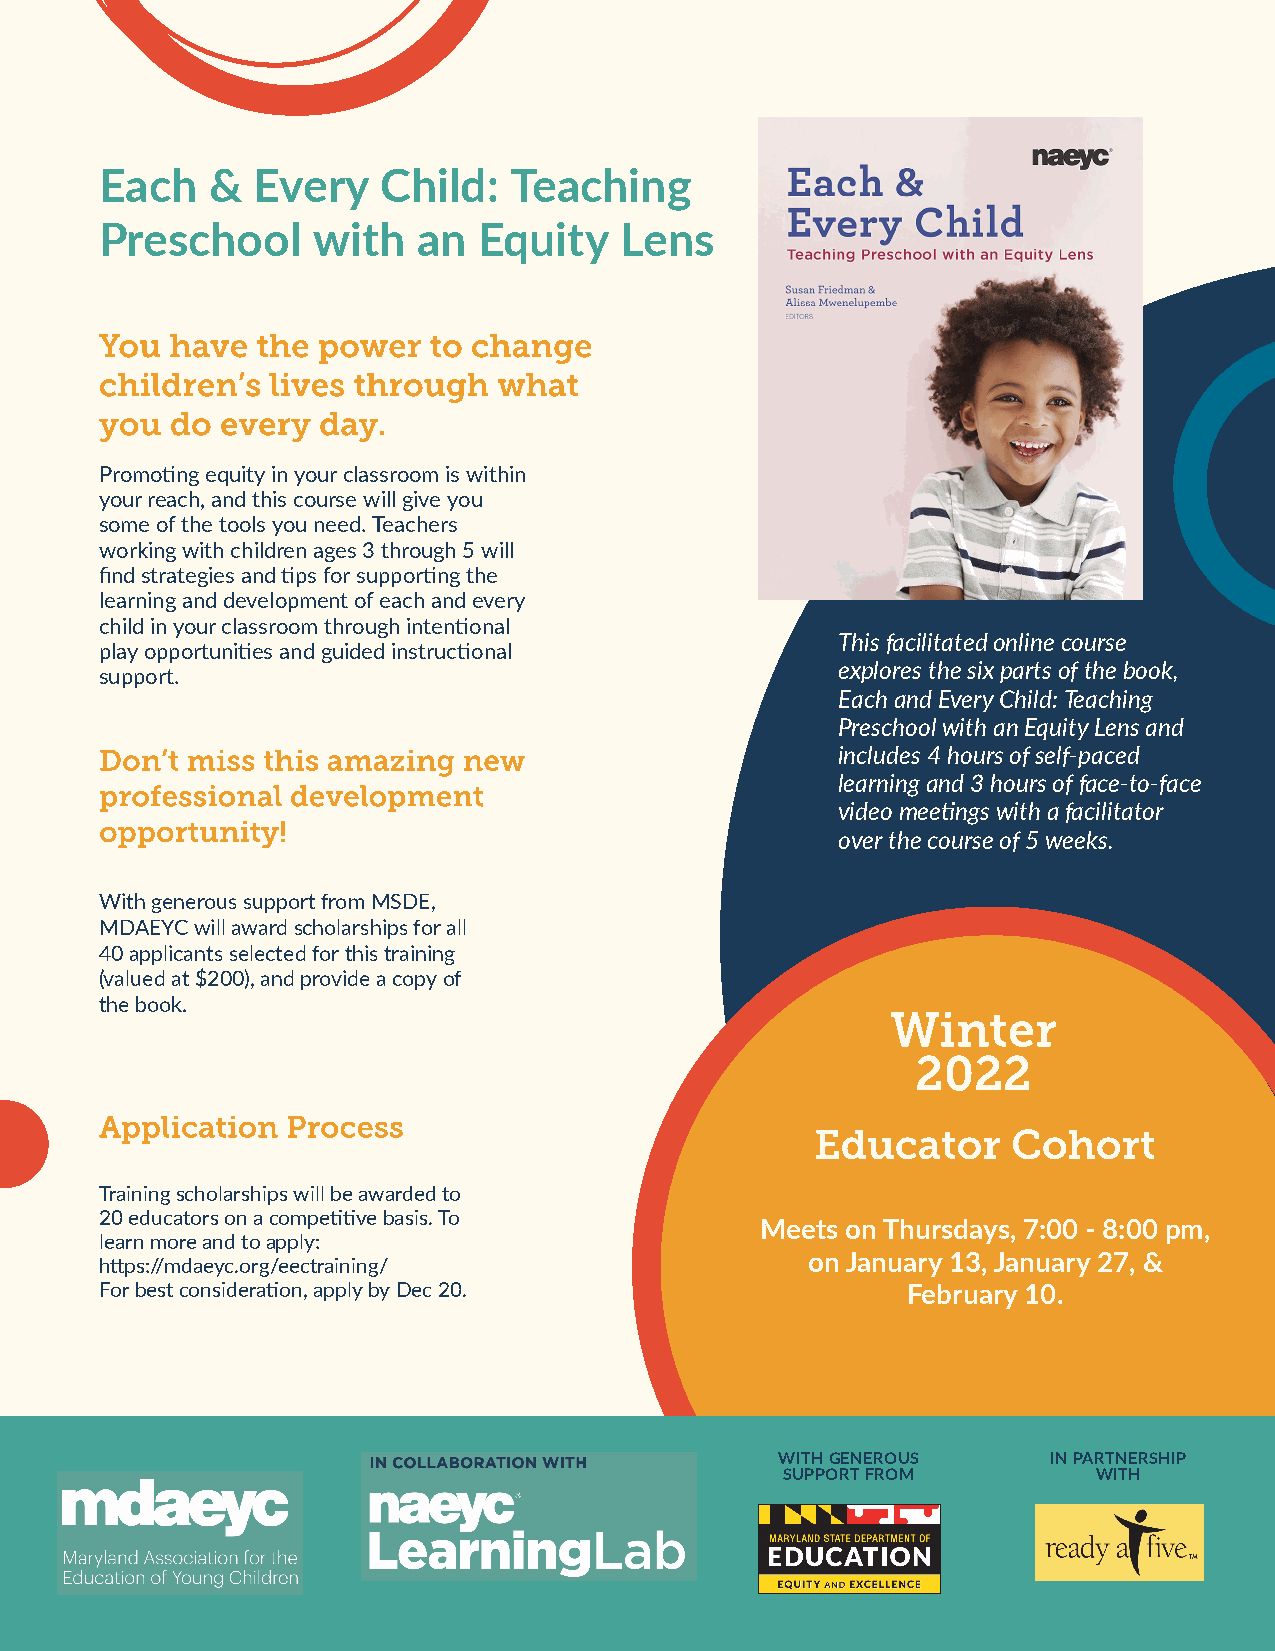
Each   &  Every   Child:   Teaching
 Preschool     with   an  Equity   Lens
 Promoting equity in your classroom is within
 your reach, and this course will give you
 some of the tools you need. Teachers
 working with children ages 3 through 5 will
 find strategies and tips for supporting the
 learning and development of each and every
 child in your classroom through intentional
 Thisfacilitatedonlinecourse
 play opportunities and guided instructional
 exploresthesixpartsofthebook,
 support.
 EachandEveryChild:Teaching
 PreschoolwithanEquityLensand
 includes4hoursofself-paced
 learningand3hoursofface-to-face
 videomeetingswithafacilitator
 overthecourseof5weeks.
 WithgeneroussupportfromMSDE,
 MDAEYCwillawardscholarshipsforall
 40applicantsselectedforthistraining
 (valuedat$200),and provideacopyof
 thebook.
 Trainingscholarshipswillbeawardedto
 20educatorsonacompetitivebasis.To
 Meets on Thursdays, 7:00 - 8:00 pm,
 learnmoreandtoapply:
 on January 13, January 27, &
 https://mdaeyc.org/eectraining/
 Forbestconsideration,applybyDec20.                   February 10.
 WITHGENEROUS      INPARTNERSHIP
 SUPPORTFROM          WITH